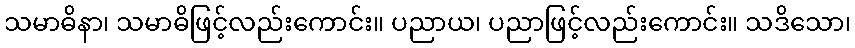
သမာဓိနာ၊ သမာဓိဖြင့်လည်းကောင်း။ ပညာယ၊ ပညာဖြင့်လည်းကောင်း။ သဒိသော၊